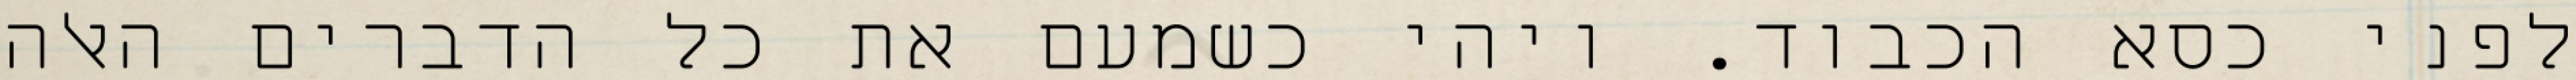
לפני כסא הכבוד. ויהי כשמעם את כל הדברים האלה